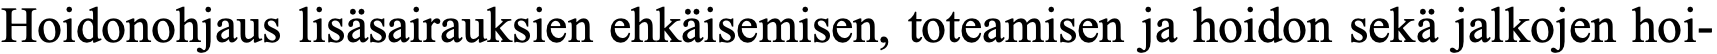
Hoidonohjaus lisäsairauksien ehkäisemisen, toteamisen ja hoidon sekä jalkojen hoi-